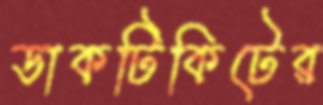
ডাকটিকিটের